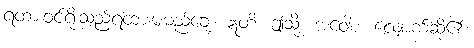
ရထားဝင်ရိုးသည်ရထားမမည်ချေ။ ဣတိ၊ ဤသို့။ အဝေါစ၊ လျှောက်ဆို၏။